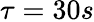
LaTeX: \tau=30s